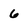
Character: 6